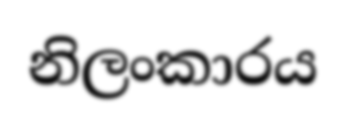
නිලංකාරය